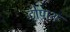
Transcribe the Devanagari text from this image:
टोपाथ